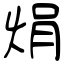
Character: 焆